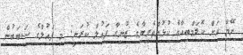
ނޭމާ އަށް ކޮލަމްބިއާގެ ކުޅުންތެރިޔާގެ ޒުނިގާ ފައުލް ކުރަނީ: މި ފައުލްގެ ސަބަބުން